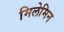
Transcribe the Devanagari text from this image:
मिलेमिन